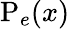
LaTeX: \mathrm P_{e}(x)